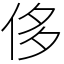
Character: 侈